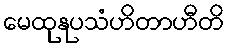
မေထုနုပသံဟိတာဟီတိ